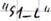
Text: "S1_L"